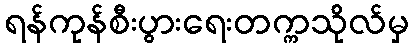
ရန်ကုန်စီးပွားရေးတက္ကသိုလ်မှ